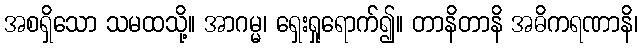
အစရှိသော သမထသို့။ အာဂမ္မ၊ ရှေးရှုရောက်၍။ တာနိတာနိ အဓိကရဏာနိ၊